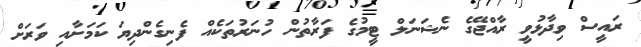
ރައީސް ވިދާޅުވީ ރާއްޖޭގެ ނެޝަނަލް ޓީމުގެ ފަރާތުން ހުނަރުތަކެއް ފެނިގެންދިޔަ ކަމަށާއި ވަރަށް